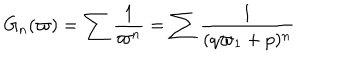
LaTeX: G _ { n } ( \varpi ) = \sum \frac { 1 } { \varpi ^ { n } } = \sum \frac { 1 } { ( q \varpi _ { 1 } + p ) ^ { n } }